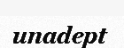
unadept